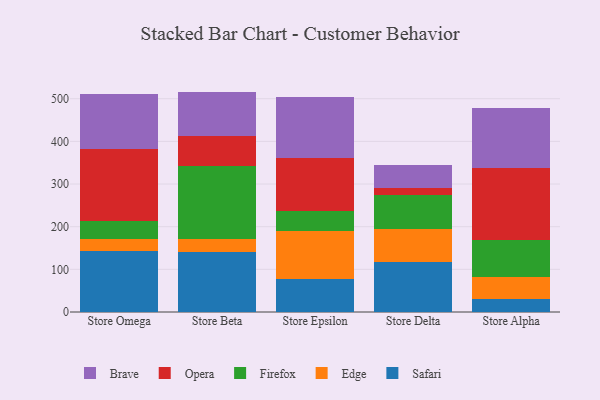
{"axis": {"x": "Store", "y": "Net Income (USD K)"}, "legend": ["Brave", "Edge", "Firefox", "Opera", "Safari"], "data": [{"x": "Store Omega", "y": 143.3, "type": "Safari"}, {"x": "Store Omega", "y": 27.4, "type": "Edge"}, {"x": "Store Omega", "y": 41.8, "type": "Firefox"}, {"x": "Store Omega", "y": 170.4, "type": "Opera"}, {"x": "Store Omega", "y": 127.8, "type": "Brave"}, {"x": "Store Beta", "y": 140.5, "type": "Safari"}, {"x": "Store Beta", "y": 30.4, "type": "Edge"}, {"x": "Store Beta", "y": 171.9, "type": "Firefox"}, {"x": "Store Beta", "y": 70.3, "type": "Opera"}, {"x": "Store Beta", "y": 103.6, "type": "Brave"}, {"x": "Store Epsilon", "y": 76.3, "type": "Safari"}, {"x": "Store Epsilon", "y": 112.9, "type": "Edge"}, {"x": "Store Epsilon", "y": 47.7, "type": "Firefox"}, {"x": "Store Epsilon", "y": 123.7, "type": "Opera"}, {"x": "Store Epsilon", "y": 143.9, "type": "Brave"}, {"x": "Store Delta", "y": 117.0, "type": "Safari"}, {"x": "Store Delta", "y": 77.9, "type": "Edge"}, {"x": "Store Delta", "y": 79.4, "type": "Firefox"}, {"x": "Store Delta", "y": 16.4, "type": "Opera"}, {"x": "Store Delta", "y": 54.9, "type": "Brave"}, {"x": "Store Alpha", "y": 30.3, "type": "Safari"}, {"x": "Store Alpha", "y": 52.6, "type": "Edge"}, {"x": "Store Alpha", "y": 84.8, "type": "Firefox"}, {"x": "Store Alpha", "y": 170.7, "type": "Opera"}, {"x": "Store Alpha", "y": 139.9, "type": "Brave"}]}